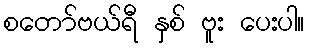
စတော်ဗယ်ရီ နှစ် ဗူး ပေးပါ။